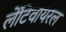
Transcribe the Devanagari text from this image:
लेंटिवायरल